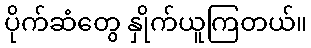
ပိုက်ဆံတွေ နှိုက်ယူကြတယ်။